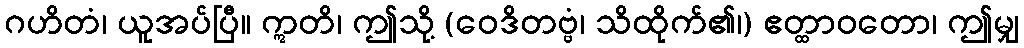
ဂဟိတံ၊ ယူအပ်ပြီ။ ဣတိ၊ ဤသို့ (ဝေဒိတဗ္ဗံ၊ သိထိုက်၏၊) ဧတ္ထာဝတော၊ ဤမျှ